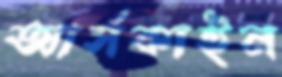
আর্সকাইন